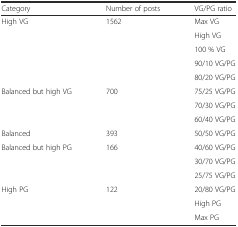
| Category | Number of posts | VG/PG ratio |
 | --- | --- | --- |
 | <ROWSPAN=5> High VG | <ROWSPAN=5> 1562 | Max VG |
 | High VG |
 | 100 % VG |
 | 90/10 VG/PG |
 | 80/20 VG/PG |
 | <ROWSPAN=3> Balanced but high VG | <ROWSPAN=3> 700 | 75/25 VG/PG |
 | 70/30 VG/PG |
 | 60/40 VG/PG |
 | Balanced | 393 | 50/50 VG/PG |
 | <ROWSPAN=3> Balanced but high PG | <ROWSPAN=3> 166 | 40/60 VG/PG |
 | 30/70 VG/PG |
 | 25/75 VG/PG |
 | <ROWSPAN=3> High PG | <ROWSPAN=3> 122 | 20/80 VG/PG |
 | High PG |
 | Max PG |